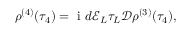
\rho ^ { ( 4 ) } ( \tau _ { 4 } ) = \ensuremath { \mathrm { ~ i ~ } } d \mathcal { E } _ { L } \tau _ { L } \mathscr { D } \rho ^ { ( 3 ) } ( \tau _ { 4 } ) ,